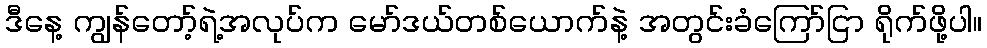
ဒီနေ့ ကျွန်တော့်ရဲ့အလုပ်က မော်ဒယ်တစ်ယောက်နဲ့ အတွင်းခံကြော်ငြာ ရိုက်ဖို့ပါ။